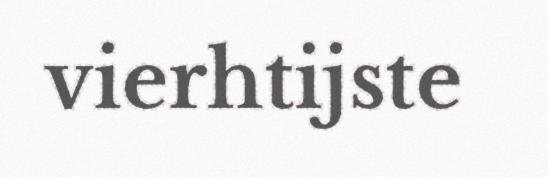
vierhtijste